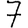
Digit: 7